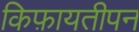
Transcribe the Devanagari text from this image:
किफ़ायतीपन